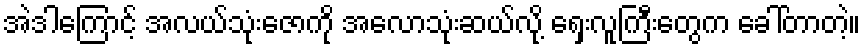
အဲဒါကြောင့် အလယ်သုံးဇောကို အလောသုံးဆယ်လို့ ရှေးလူကြီးတွေက ခေါ်တာတဲ့။